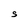
Character: S